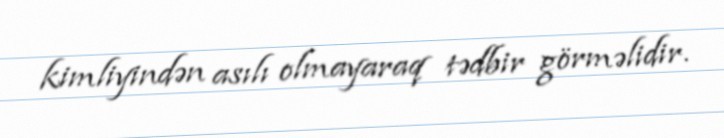
kimliyindən asılı olmayaraq tədbir görməlidir.